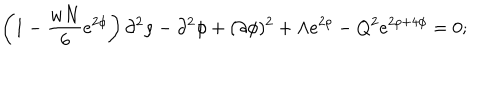
\left( 1 - \frac { w N } { 6 } e ^ { 2 \phi } \right) \partial ^ { 2 } \rho - \partial ^ { 2 } \phi + ( \partial \phi ) ^ { 2 } + \Lambda e ^ { 2 \rho } - Q ^ { 2 } e ^ { 2 \rho + 4 \phi } = 0 ;